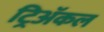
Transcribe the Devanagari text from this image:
ट्रिअॅकल